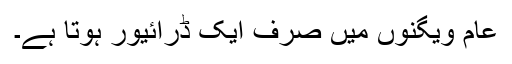
عام ویگنوں میں صرف ایک ڈرائیور ہوتا ہے۔